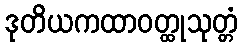
ဒုတိယကထာဝတ္ထုသုတ္တံ